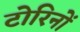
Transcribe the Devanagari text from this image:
टोरिनों